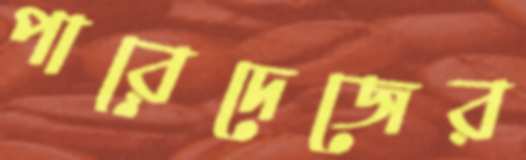
পারেদেজের